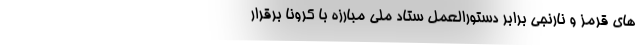
های قرمز و نارنجی برابر دستورالعمل ستاد ملی مبارزه با کرونا برقرار